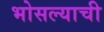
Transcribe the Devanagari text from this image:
भोसल्याची